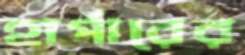
হার্পারের